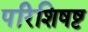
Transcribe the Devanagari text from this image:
परिशिषष्ट